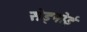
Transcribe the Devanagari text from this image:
सेड्नोई